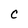
Character: C